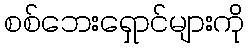
စစ်ဘေးရှောင်များကို